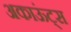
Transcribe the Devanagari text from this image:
अकाऊंट्‌स